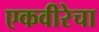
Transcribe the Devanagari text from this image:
एकवीरेचा